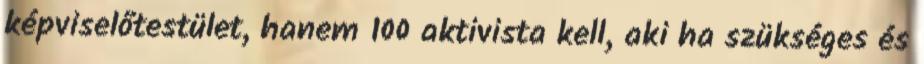
képviselőtestület, hanem 100 aktivista kell, aki ha szükséges és